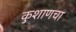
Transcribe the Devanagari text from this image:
कुशाणचा